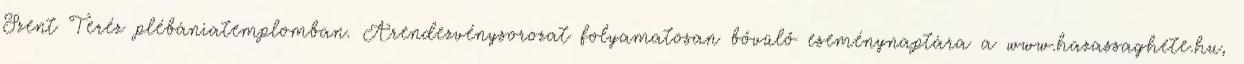
Szent Teréz plébániatemplomban. Arendezvénysorozat folyamatosan bővülő eseménynaptára a www.hazassaghete.hu,